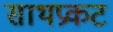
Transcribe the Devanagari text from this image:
साथप्रकट